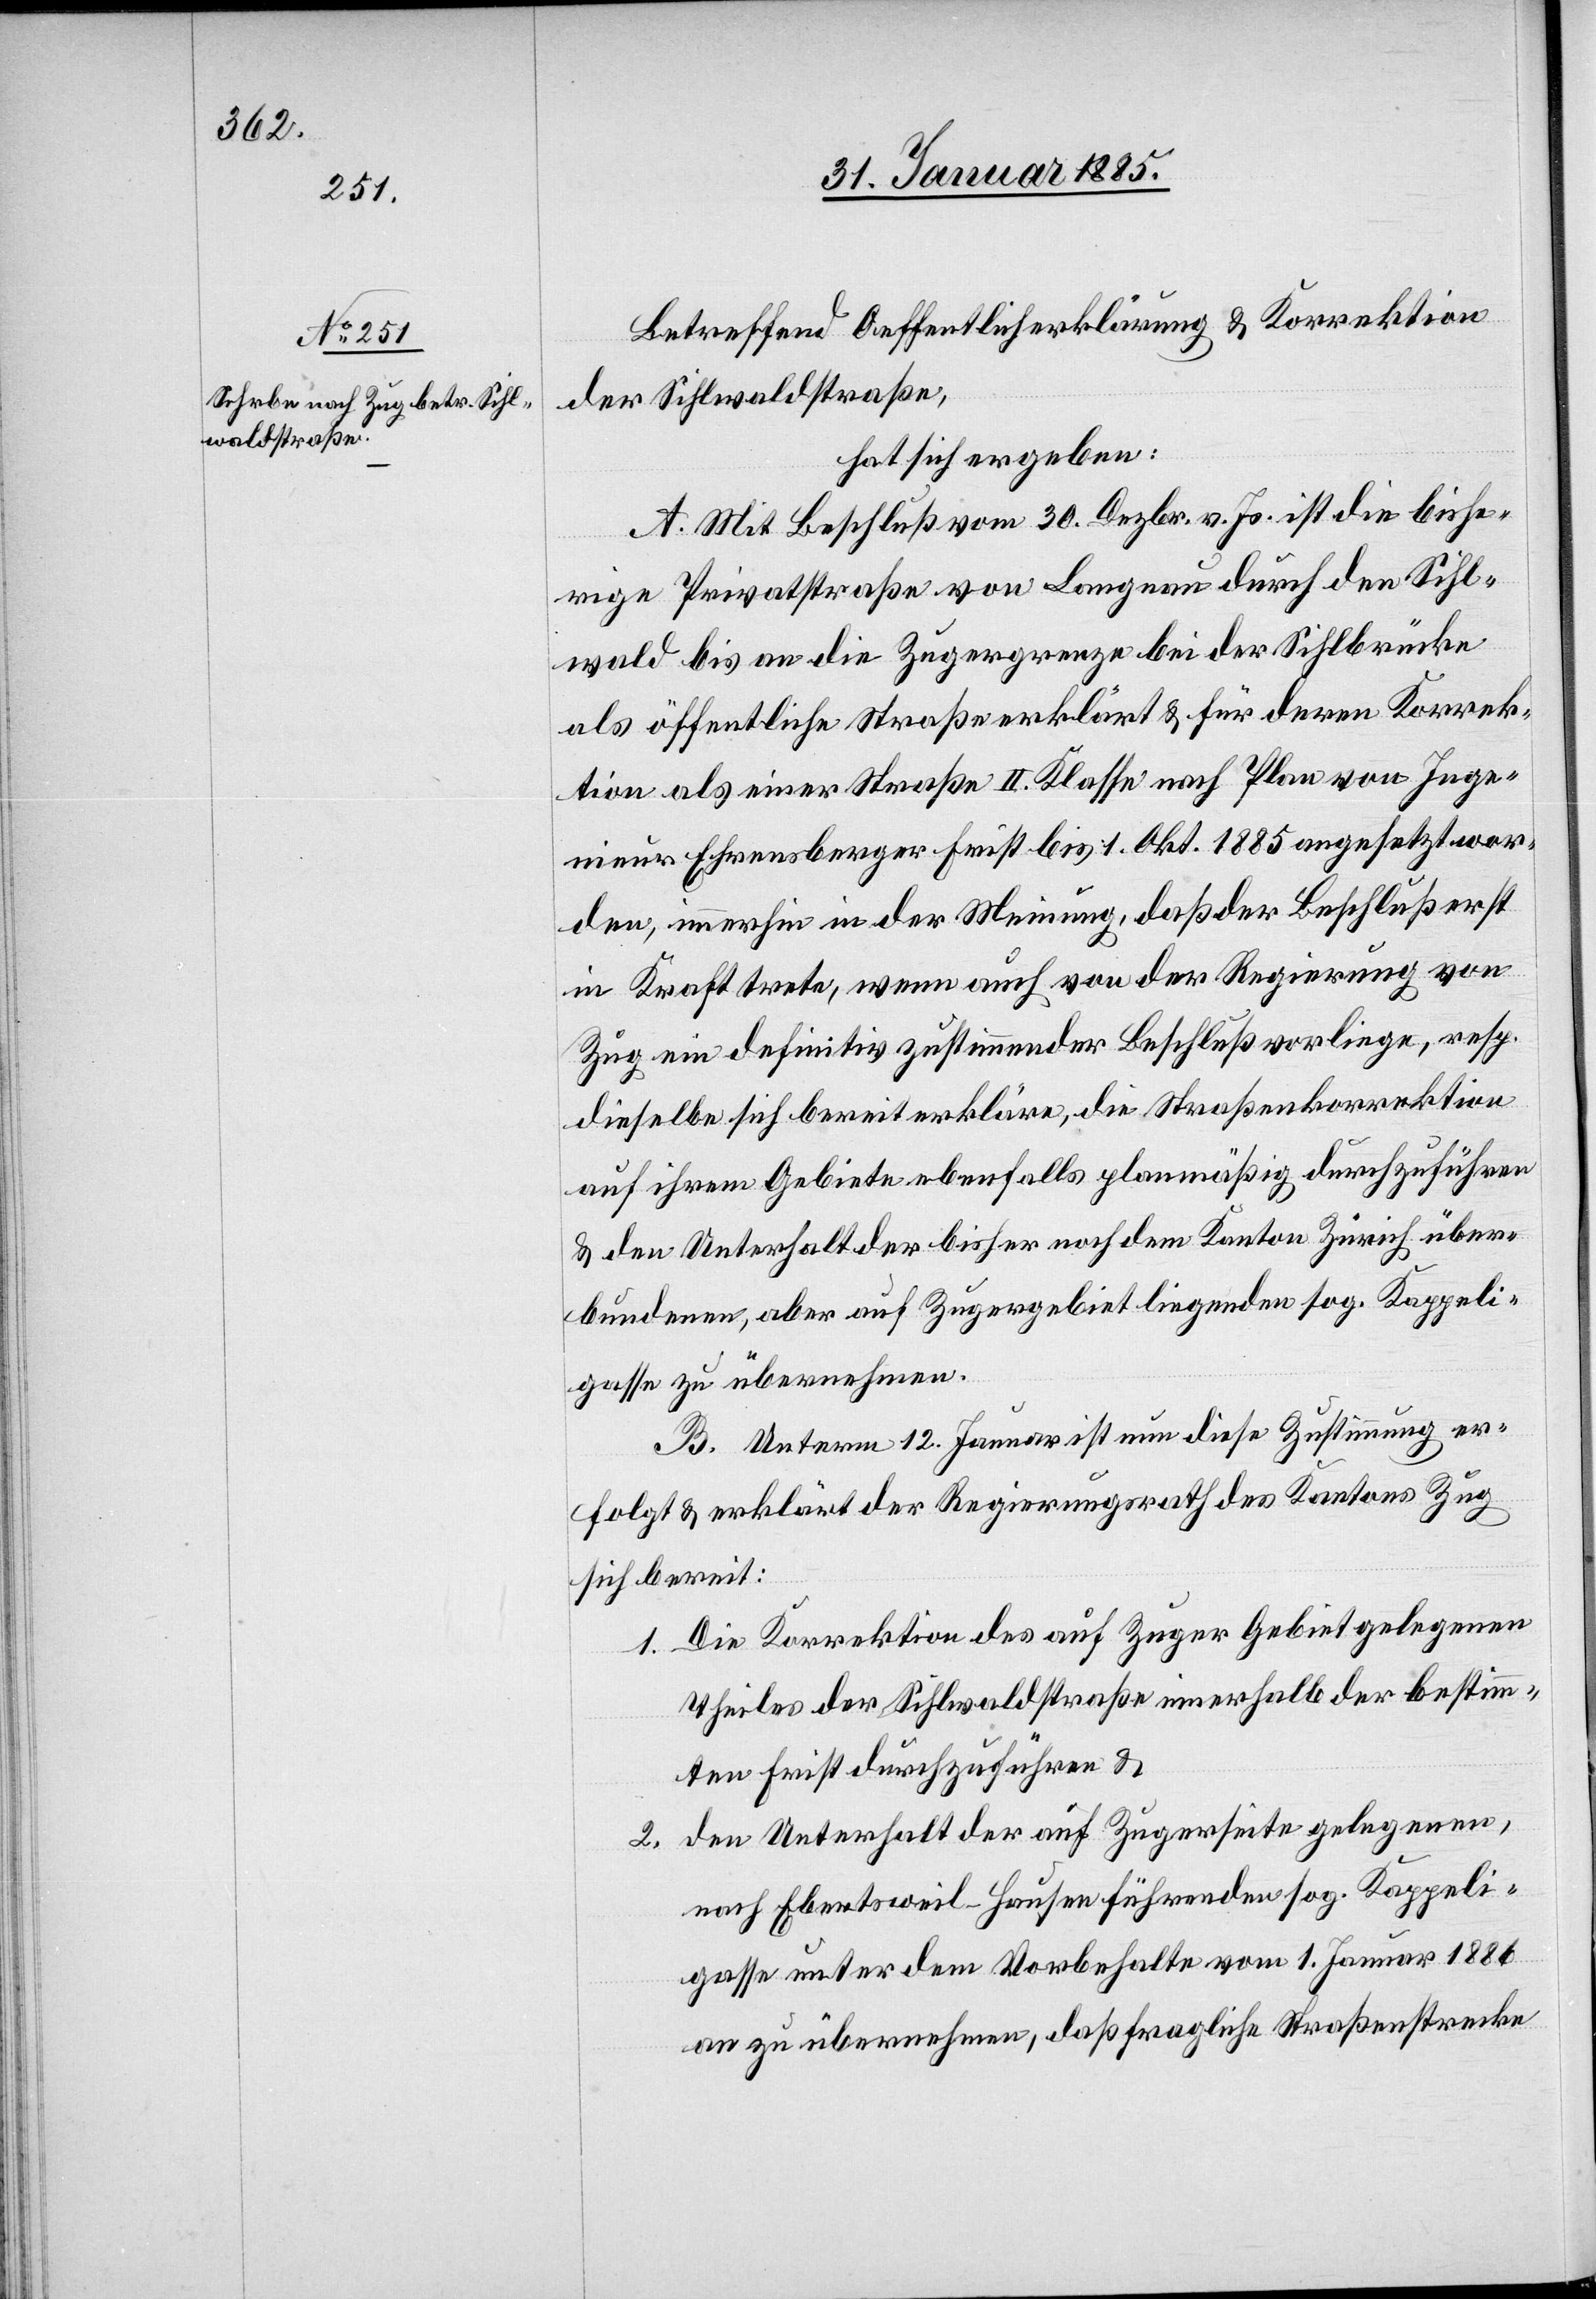
Betreffend Oeffentlicherklärung & Korrektion
der Sihlwaldstraße,
hat sich ergeben:
A. Mit Beschluß vom 30. Dezbr. v. Js. ist die bishe¬
rige Privatstraße vom Langnau durch den Sihl¬
wald bis an die Zugergrenze bei der Sihlbrücke
als öffentliche Straße erklärt & für deren Korrek¬
tion als einer Straße II. Klasse nach Plan von Inge¬
nieur Ehrensberger Frist bis 1. Okt. 1885 angesetzt wor¬
den, immerhin in der Meinung, daß der Beschluß erst
in Kraft trete, wenn auch von der Regierung von
Zug ein definitiv zustimmender Beschluß vorliege, resp.
dieselbe sich bereit erklärte, die Straßenkorrektion
auf ihrem Gebiete ebenfalls planmäßig durchzuführen
& den Unterhalt der bisher noch dem Kanton Zürich über¬
bundenen, aber auch Zugergebiet liegenden sog. Kappeli¬
gasse zu übernehmen.
B. Unterm 12. Januar ist nun diese Zustimmung er¬
folgt & erklärt der Regierungsrath des Kantons Zug
sich bereit:
1. Die Korrektion des auf Zuger Gebiet gelegenen
Theiles der Sihlwaldstraße innerhalb der bestimm¬
ten Frist durchzuführen &
2. den Unterhalt der auf Zugerseite gelegenen,
nach Ebertsweil - Hausen führenden sog. Kappeli¬
gasse unter dem Vorbehalte vom 1. Januar 1886
an zu übernehmen, daß fragliche Straßenstrecke